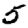
Digit: 5